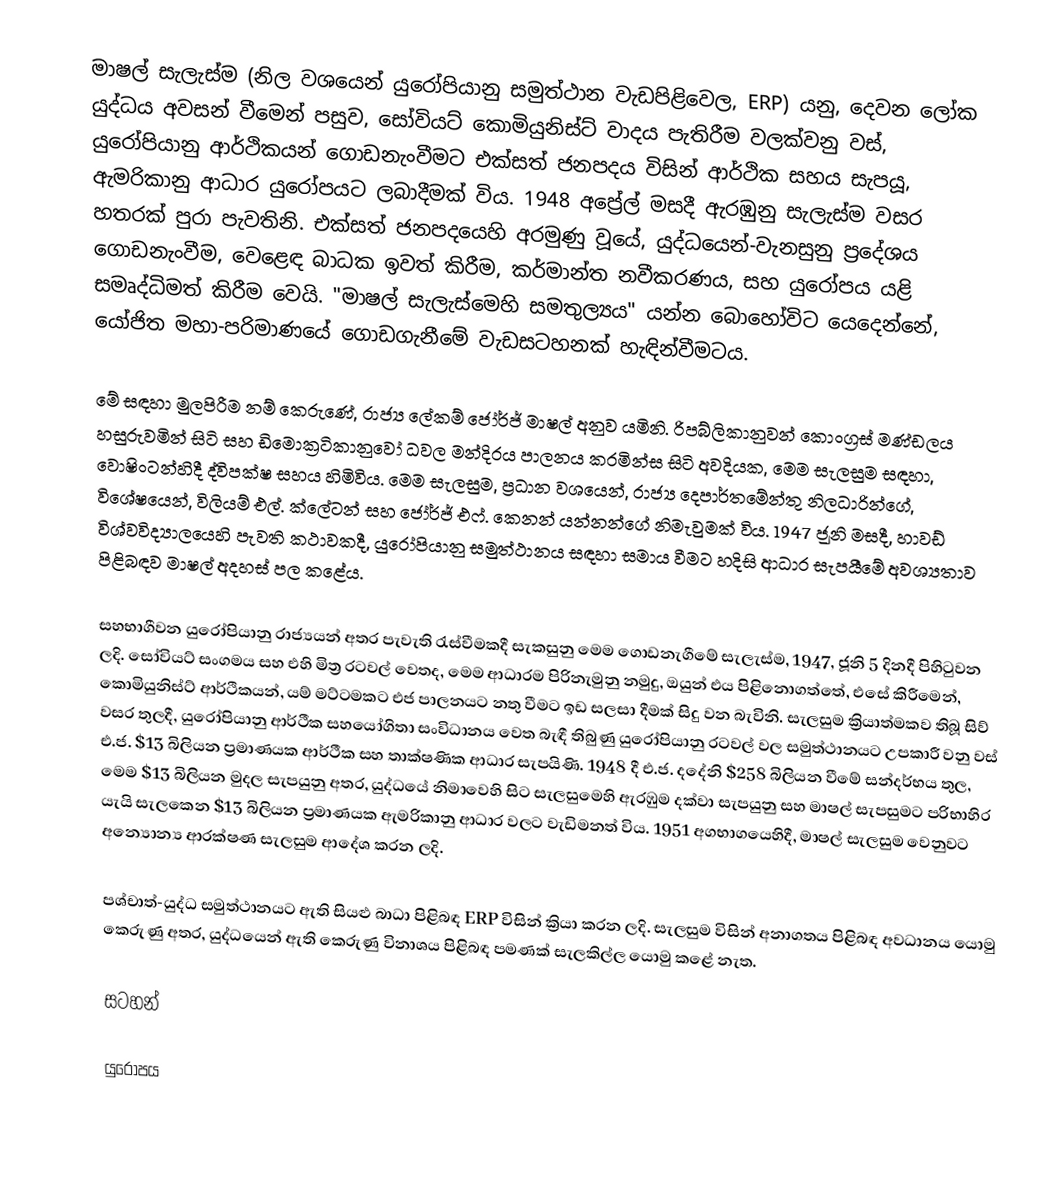
මාෂල් සැලැස්ම  (නිල වශයෙන්  යුරෝපියානු සමුත්ථාන වැඩපිළිවෙල, ERP) යනු,  දෙවන ලෝක යුද්ධය අවසන් වීමෙන් පසුව,  සෝවියට් කොමියුනිස්ට් වාදය පැතිරීම වලක්වනු වස්,  යුරෝපියානු ආර්ථිකයන් ගොඩනැංවීමට එක්සත් ජනපදය විසින් ආර්ථික සහය සැපයූ, ඇමරිකානු ආධාර යුරෝපයට ලබාදීමක් විය.  1948 අප්‍රේල් මසදී ඇරඹුනු සැලැස්ම වසර හතරක් පුරා පැවතිනි.  එක්සත් ජනපදයෙහි අරමුණු වූයේ, යුද්ධයෙන්-වැනසුනු ප්‍රදේශය ගොඩනැංවීම,  වෙළෙඳ බාධක ඉවත් කිරීම, කර්මාන්ත නවීකරණය, සහ යුරෝපය යළි සමෘද්ධිමත් කිරීම වෙයි.  "මාෂල් සැලැස්මෙහි සමතුල්‍යය" යන්න බොහෝවිට යෙදෙන්නේ,  යෝජිත මහා-පරිමාණයේ ගොඩගැනීමේ වැඩසටහනක් හැඳින්වීමටය.

මේ සඳහා මුලපිරීම නම් කෙරුණේ,  රාජ්‍ය ලේකම් ජෝර්ජ් මාෂල් අනුව යමිනි. රිපබ්ලිකානුවන් කොංග්‍රස් මණ්ඩලය හසුරුවමින් සිටි සහ  ඩිමොක්‍රටිකානුවෝ ධවල මන්දිරය පාලනය කරමින්ස සිටි අවදියක,  මෙම සැලසුම සඳහා, වොෂිංටන්හිදී ද්විපක්ෂ සහය හිමිවිය. මෙම සැලසුම, ප්‍රධාන වශයෙන්,  රාජ්‍ය දෙපාර්තමේන්තු නිලධාරින්ගේ, විශේෂයෙන්,  විලියම් එල්. ක්ලේටන් සහ ජෝර්ජ් එෆ්. කෙනන් යන්නන්ගේ නිමැවුමක් විය. 1947 ජූනි මසදී, හාවඩ් විශ්වවිද්‍යාලයෙහි පැවති කථාවකදී, යුරෝපියානු සමුත්ථානය සඳහා සමාය වීමට හදිසි ආධාර සැපයීමේ අවශ්‍යතාව පිළිබඳව මාෂල් අදහස් පල කළේය.

සහභාගීවන යුරෝපියානු රාජ්‍යයන් අතර පැවැති රැස්වීමකදී සැකසුනු මෙම ගොඩනැගීමේ සැලැස්ම, 1947, ජූනි 5 දිනදී පිහිටුවන ලදි.  සෝවියට් සංගමය සහ එහි මිත්‍ර රටවල් වෙතද, මෙම ආධාරම පිරිනැමුනු නමුදු, ඔයුන් එය පිළිනොගත්තේ,  එසේ කිරීමෙන්, කොමියුනිස්ට් ආර්ථිකයන්, යම් මට්ටමකට  එජ පාලනයට නතු වීමට ඉඩ සලසා දීමක් සිදු වන බැවිනි.  සැලසුම ක්‍රියාත්මකව තිබූ සිව් වසර තුලදී, යුරෝපියානු ආර්ථීක සහයෝගිතා සංවිධානය වෙත බැඳී තිබුණු යුරෝපියානු රටවල් වල සමුත්ථානයට උපකාරී වනු වස් එ.ජ. $13 බිලියන ප්‍රමාණයක ආර්ථීක සහ තාක්ෂණික ආධාර සැපයිණි. 1948 දී එ.ජ. දදේනි $258 බිලියන වීමේ සන්දර්භය තුල, මෙම $13 බිලියන මුදල සැපයුනු අතර, යුද්ධයේ නිමාවෙහි සිට සැලසුමෙහි ඇරඹුම දක්වා සැපයුනු සහ මාෂල් සැපසුමට පරිභාහිර යැයි සැලකෙන $13 බිලියන ප්‍රමාණයක ඇමරිකානු ආධාර වලට වැඩිමනත් විය.  1951 අගභාගයෙහිදී, මාෂල් සැලසුම වෙනුවට අන්‍යොන්‍ය ආරක්ෂණ සැලසුම ආදේශ කරන ලදි.

පශ්චාත්-යුද්ධ සමුත්ථානයට ඇති සියළු බාධා පිළිබඳ ERP විසින් ක්‍රියා කරන ලදි. සැලසුම විසින් අනාගතය පිළිබඳ අවධානය යොමු කෙරුණු අතර, යුද්ධයෙන් ඇති කෙරුණු විනාශය පිළිබඳ පමණක් සැලකිල්ල යොමු කළේ නැත.

සටහන්

යුරෝපය